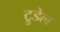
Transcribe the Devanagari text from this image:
ट्रुडेल